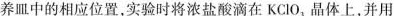
养皿中的相应文职，实验时，将浓盐酸滴在KCIO_{3}，晶体上，并用